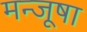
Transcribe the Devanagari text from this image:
मन्जूषा